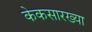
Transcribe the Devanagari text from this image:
केकसारख्या